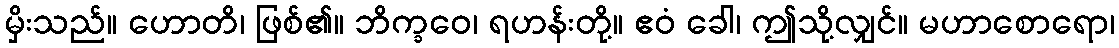
မှိးသည်။ ဟောတိ၊ ဖြစ်၏။ ဘိက္ခဝေ၊ ရဟန်းတို့။ ဧဝံ ခေါ၊ ဤသို့လျှင်။ မဟာစောရော၊